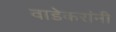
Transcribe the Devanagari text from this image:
वाडेकरांनी